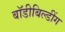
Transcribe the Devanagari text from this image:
बॉडीबिल्डींग